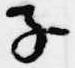
子